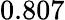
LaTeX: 0.807